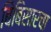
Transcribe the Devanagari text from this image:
बिंबिसारचा